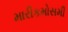
મારીકમોસમી